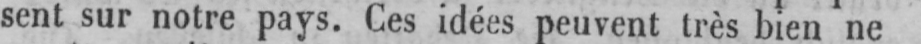
sent sur notre pays. Ces idées peuvent très bien ne